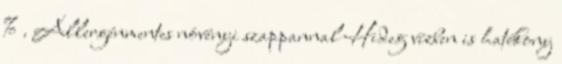
% . Allergénmentes növényi szappannal Hideg vízben is hatékony